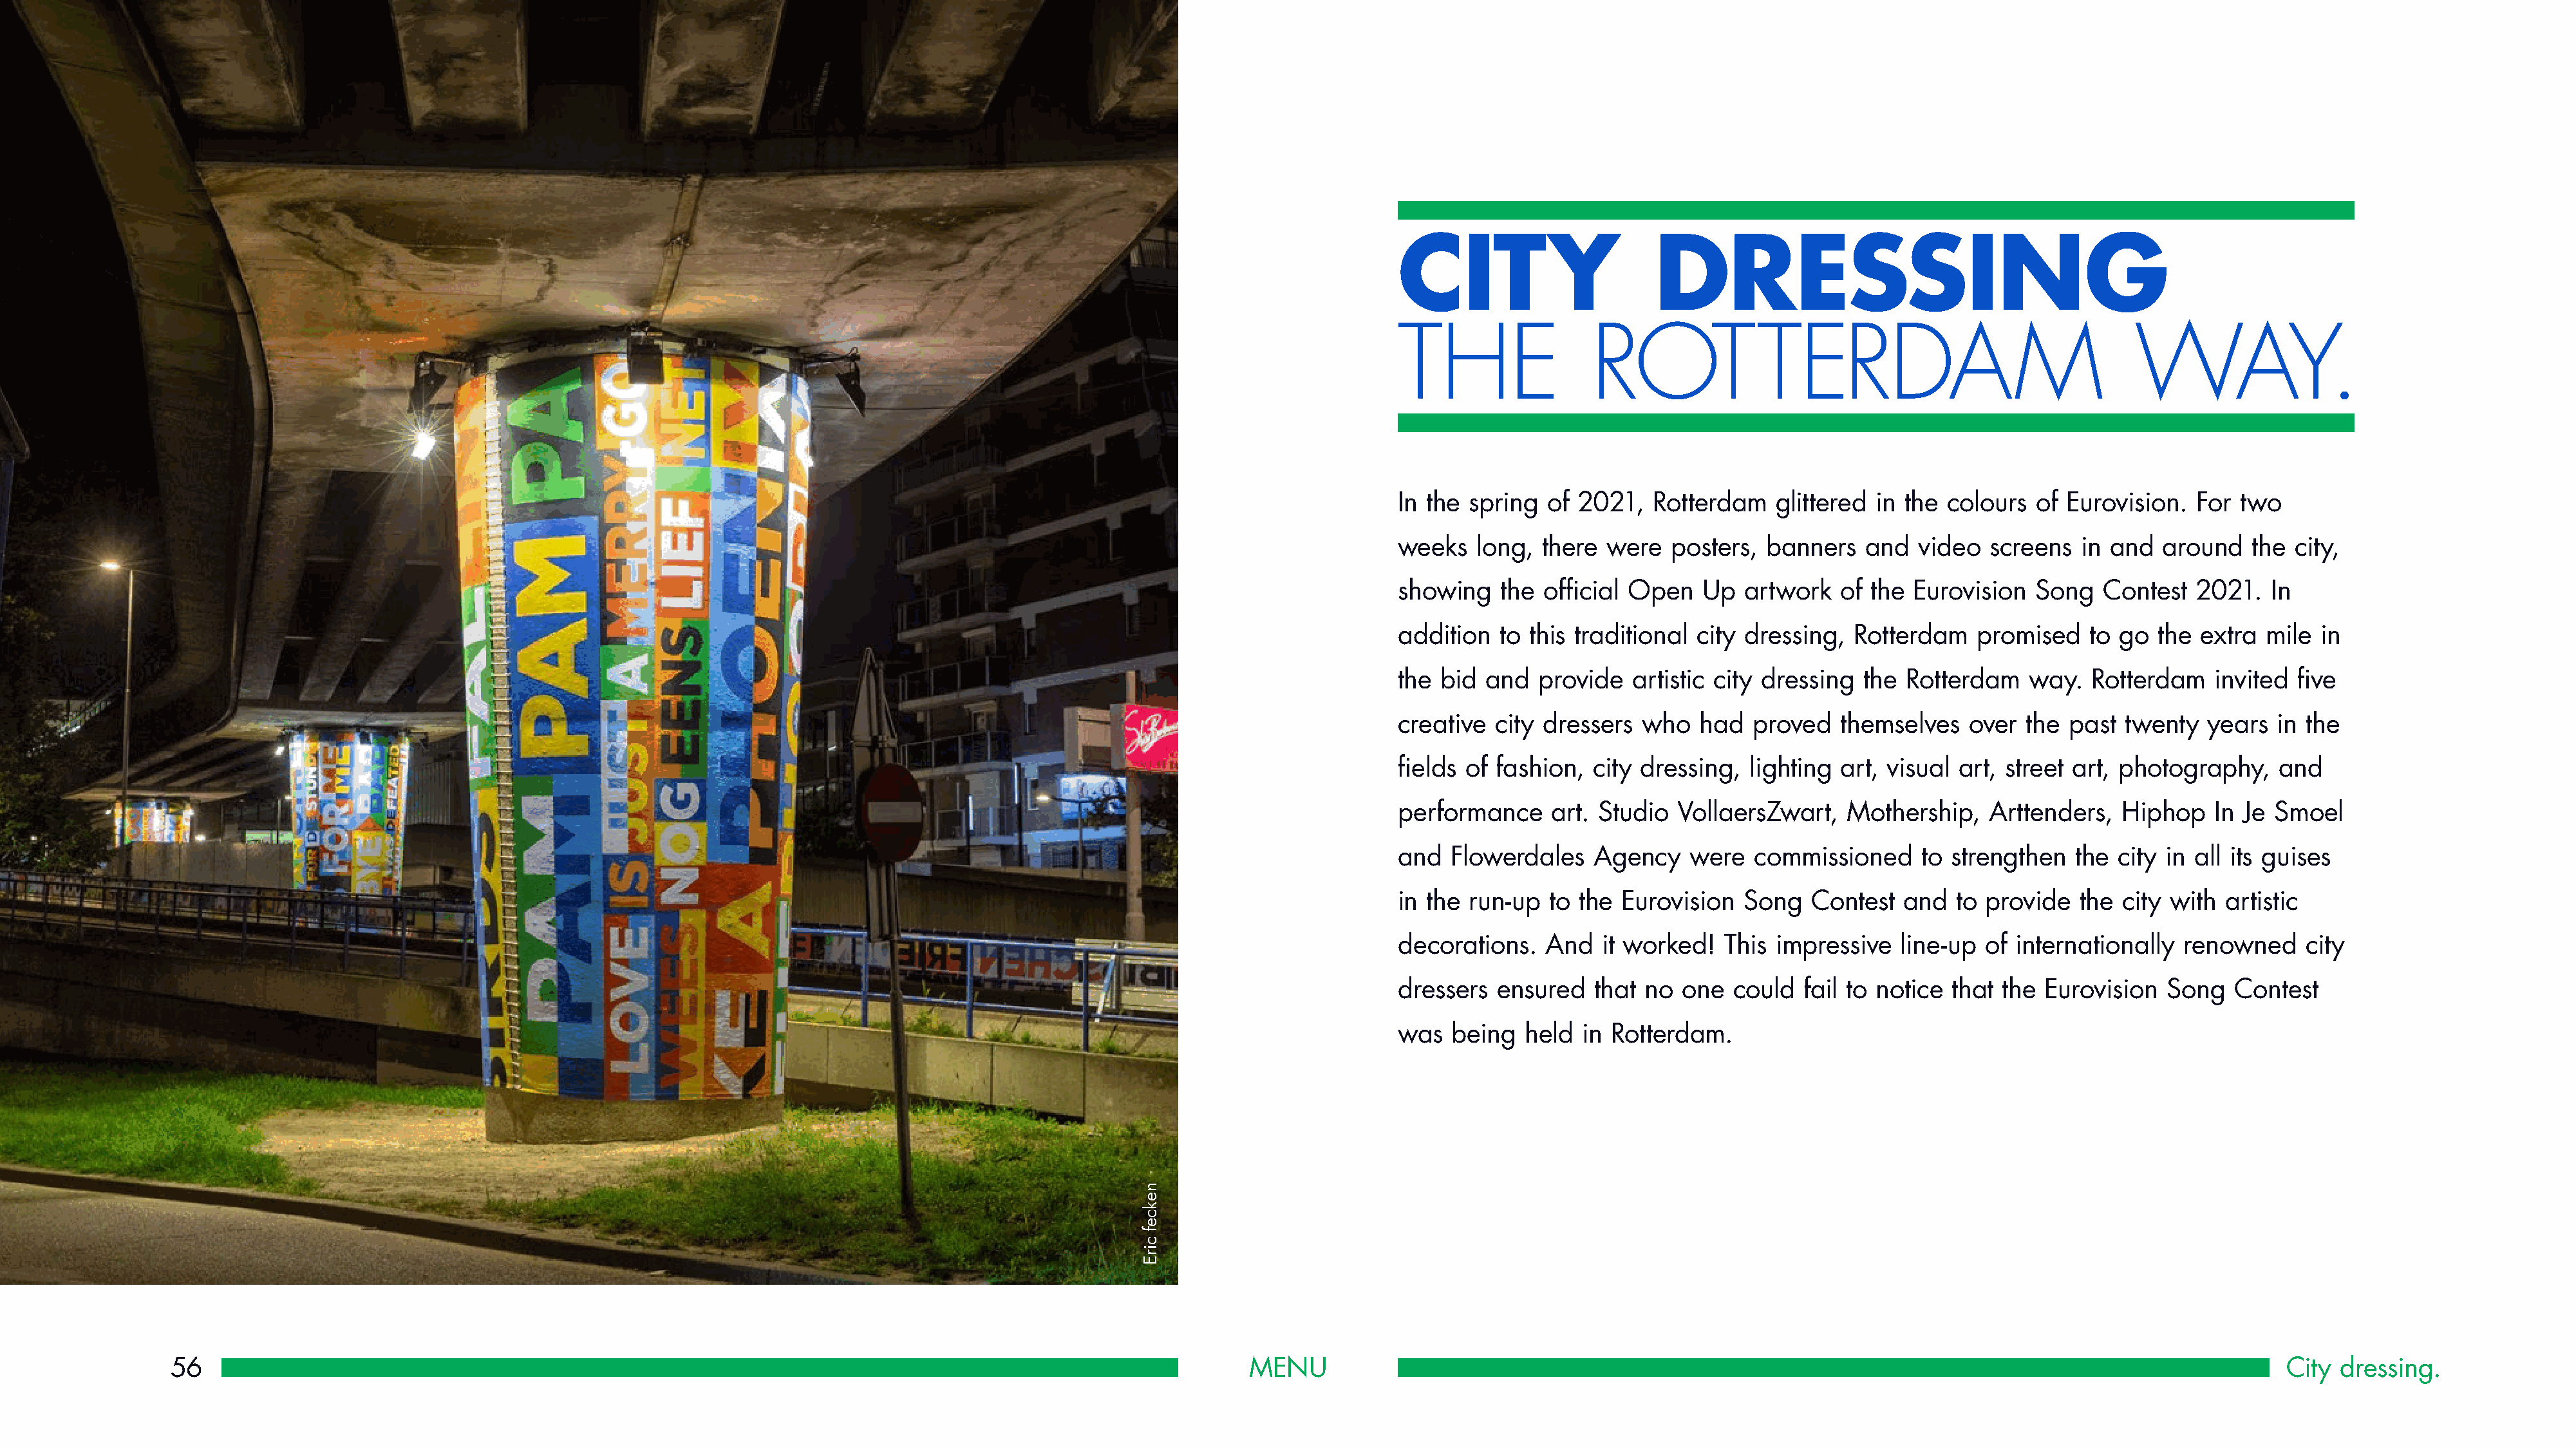
CITY                      DRESSING
 THE                 ROTTERDAM                                              WAY.
 In the spring  of 2021,   Rotterdam    glittered in the colours  of Eurovision.   For two
 weeks   long,  there were   posters,  banners   and  video   screens  in and  around    the city,
 showing   the  official Open   Up  artwork   of the  Eurovision  Song   Contest   2021.  In
 addition  to this traditional city dressing,   Rotterdam   promised    to go  the extra  mile  in
 the bid  and  provide   artistic city dressing  the Rotterdam    way.  Rotterdam    invited five
 creative  city dressers  who   had  proved   themselves   over  the  past twenty   years  in the
 fields of fashion,  city dressing,  lighting art, visual art, street art, photography,    and
 performance     art. Studio VollaersZwart,    Mothership,    Arttenders,  Hiphop    In Je Smoel
 and  Flowerdales    Agency    were  commissioned      to strengthen  the  city in all its guises
 in the run-up  to the  Eurovision  Song   Contest   and  to provide   the city with  artistic
 decorations.   And   it worked!  This  impressive  line-up  of internationally  renowned     city
 dressers  ensured   that no  one  could  fail to notice  that the Eurovision   Song   Contest
 was  being   held  in Rotterdam.
 56                                                                                                            MENU                                                                                                       City  dressing.
 nekcef
 cirE